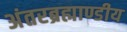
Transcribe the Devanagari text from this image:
अंतरब्रह्माण्डीय